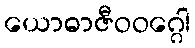
ယောဓာဇီဝဝဂ္ဂေါ